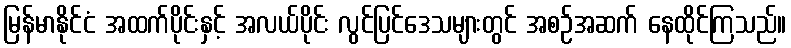
မြန်မာနိုင်ငံ အထက်ပိုင်းနှင့် အလယ်ပိုင်း လွင်ပြင်ဒေသများတွင် အစဉ်အဆက် နေထိုင်ကြသည်။